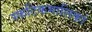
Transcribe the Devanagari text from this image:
स्फटिकमालिकां